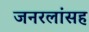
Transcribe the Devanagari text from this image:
जनरलांसह